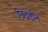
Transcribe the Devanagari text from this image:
छिद्रहीन